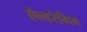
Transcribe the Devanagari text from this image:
ऐल्डरेमिन